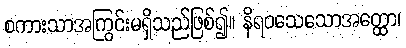
စကားသာအကြွင်းမရှိသည်ဖြစ်၍။ နိရဝသေသောအတ္ထော၊